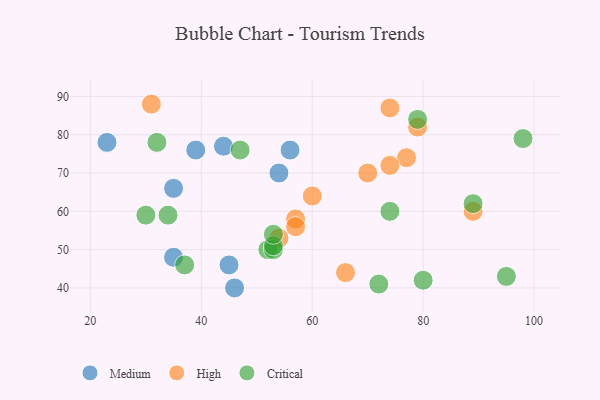
{"axis": {"x": "GDP", "y": "Life Expectancy"}, "legend": ["Critical", "High", "Medium"], "data": [{"x": "46", "y": 40, "type": "Medium"}, {"x": "44", "y": 77, "type": "Medium"}, {"x": "35", "y": 66, "type": "Medium"}, {"x": "39", "y": 76, "type": "Medium"}, {"x": "56", "y": 76, "type": "Medium"}, {"x": "45", "y": 46, "type": "Medium"}, {"x": "35", "y": 48, "type": "Medium"}, {"x": "23", "y": 78, "type": "Medium"}, {"x": "54", "y": 70, "type": "Medium"}, {"x": "57", "y": 58, "type": "High"}, {"x": "54", "y": 53, "type": "High"}, {"x": "77", "y": 74, "type": "High"}, {"x": "79", "y": 82, "type": "High"}, {"x": "57", "y": 56, "type": "High"}, {"x": "31", "y": 88, "type": "High"}, {"x": "74", "y": 87, "type": "High"}, {"x": "74", "y": 72, "type": "High"}, {"x": "60", "y": 64, "type": "High"}, {"x": "89", "y": 60, "type": "High"}, {"x": "70", "y": 70, "type": "High"}, {"x": "66", "y": 44, "type": "High"}, {"x": "52", "y": 50, "type": "Critical"}, {"x": "37", "y": 46, "type": "Critical"}, {"x": "34", "y": 59, "type": "Critical"}, {"x": "89", "y": 62, "type": "Critical"}, {"x": "98", "y": 79, "type": "Critical"}, {"x": "53", "y": 50, "type": "Critical"}, {"x": "74", "y": 60, "type": "Critical"}, {"x": "30", "y": 59, "type": "Critical"}, {"x": "80", "y": 42, "type": "Critical"}, {"x": "79", "y": 84, "type": "Critical"}, {"x": "32", "y": 78, "type": "Critical"}, {"x": "47", "y": 76, "type": "Critical"}, {"x": "72", "y": 41, "type": "Critical"}, {"x": "95", "y": 43, "type": "Critical"}, {"x": "53", "y": 51, "type": "Critical"}, {"x": "53", "y": 54, "type": "Critical"}]}